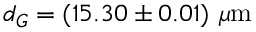
d _ { G } = ( 1 5 . 3 0 \pm 0 . 0 1 ) ~ \mu \mathrm { m }